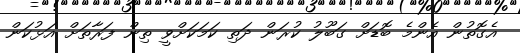
އެގޮތުން އެންމެ ބޮޑަށް ގަބޫލު ކުރަން ދަތި ކަމަކަށްވީ ތިން ފަރާތަށް އަޅުކަން